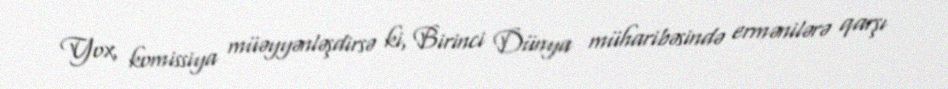
Yox, komissiya müəyyənləşdirsə ki, Birinci Dünya müharibəsində ermənilərə qarşı